Leaving Certificate Examination, 1907
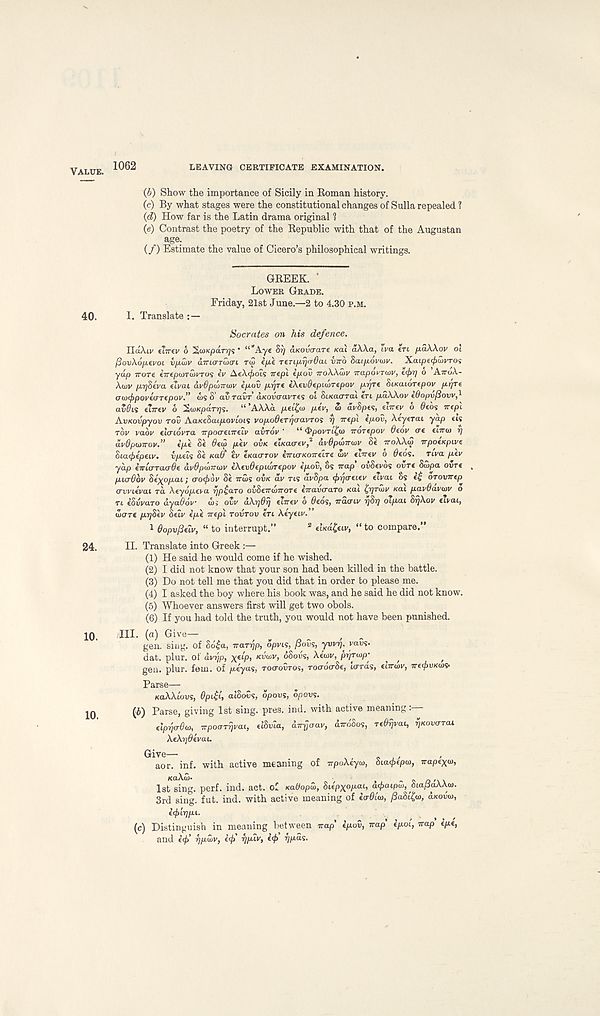
VALUE.
40.
24.
10.
10.
1062
LEAVING CERTIFICATE EXAMINATION.
(b) Show the importance of Sicily in Roman history.
(c) By what stages were the constitutional changes of Sulla repealed ?
(d) How far is the Latin drama original 1
(e) Contrast the poetry of the Republic with that of the Augustan
age.
(/) Estimate the value of Cicero’s philosophical writings.
GREEK. '
LOWER GRADE.
Friday, 21st June.—2 to 4.30 P.M.
I. Translate : —
Socrates on his defence.
IldXiv ear o' 6 %u>Kpa.rt]$' “’Aye 817 aKOvcran /cat aAAa, t.va ert fxaXkov 01
fiovXofxevoi vjJMV airurTUHTi TW e/xe TeTt/j.rjcrOaL viro Sai/xovinv. XaipecfiSivTos
yap Trore tTrepuirSivTOs ev AtX^ots irepl ipov TroXAan' -trapovTaiv, tcf>r] o ATTOA-
Acuv /XTjSeva etvai av6pix>v<nv ipov pyre iXevOcpuorepov pr'jre StKaiorepov pr/re
oiL><f>pQvi(TTcpov.” ws 8’ av raxiT d/cowuvTes ol SiKaarai ert paXXov t6opv/3ovv,^
av0n €LTrtv 6 %(vKparrj'i.
“ ’AAAa pci^ui ptv, S> avSpes, enrev o beos nepi
AvKovpyov rov AaxeSai/xonots vopoOeryaavTOs rj Trepi ipov, Aeyerat yap ets
TOV vabv tlaLOVTa irpoaeLireiv avrov '
“ &povTi£<o irorepov Otov at enrol r)
avOpiavov.” ipe S« 0f(S per OVK eiKao-tv, 2 avdponroiv Se TTOXXIS irpotKpwe
Sta<j>epeiy. vpeis Se KUO' ev eKaarov iTTLO-KOTrelre Siv elirev 6 Oeos. rtVa pev
yap iiricxTacrOe avdpoiiroiv iXevOepLLOTepov epov, os Trap ovSevos owe Suipa ovre
picrOov Se^opai; oocjiov Se iruii OVK av ns avSpa <f>r)(Teiev eivai os e£ orowrep
crvvieval ra Xeyopeva fjp^aro ovSeTronrore iiravcraTo Kai tprfroiv Kai pavOavwv o
TI iSvvaro ayaOov oi; ovv aXrjOr] elrrev o Geos, iraoiv 17817 oepai SrjXov eivai,
wore prjSev Selv ipe Trepi TOVTOV en Xeyeiv.
1 9opv/3eiv, “ to interrupt.”
2 eUd^eiv, “ to compare.”
II. Translate into Greek :—
(1) He said he would come if he wished.
(2) I did not know that your son had been killed in the battle.
(3) Do not tell me that you did that in order to please me.
(4) I asked the boy where his book was, and he said he did not know.
(5) Whoever answers first will get two obols.
(6) If you had told the truth, you would not have been punished.
III. (a) Give-
gen. sing, of S6£a, irarijp, opvis, (iovs, yvvrj, vans*
dat. plur. of dvyp, x fl -P> KVWV, OSOVS, Xeiov, pr/roip-
> ,
,
gen. plur. fem. of peyas, TOO-OVTOS, roo-otrSe, lords, e’nroiv, ire^uKws-
Parse—
KaXXiovs, Gpi&, alSoDs, opovs, opovs.
(6) Parse, giving 1st sing. pres. ind. with active meaning:—
elpr/crGoi, TTpoaryvai, elSvla, dvr/oav, dirdSos, reOyvai, ^Kovorat
XeXrjOevai.
aor. inf. with active meaning of irpoXeyoi, Sia^epoi, irapexu,
KaXoi-
i
- s o \
1st sing. perf. ind. act. of Kadopoi, Siepxopai, a^aipoj, dta/iaAAw.
3rd sing. fut. ind. with active meaning of icrdioi, fiaStfa, d/covo),
>
^
,
.
,
(c) Distinguish in meaning between irap’ ipov, nap' ipoi, nap ipe,
and e</>’ rjpwv, iff rjpiv, i<f r/pds.